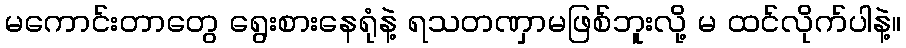
မကောင်းတာတွေ ရွေးစားနေရုံနဲ့ ရသတဏှာမဖြစ်ဘူးလို့ မ ထင်လိုက်ပါနဲ့။